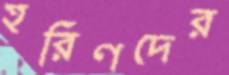
হরিণদের